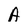
Character: A